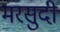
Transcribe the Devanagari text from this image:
मरसुदी